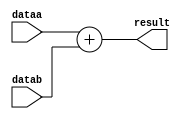
// Signed adder
module adder(dataa,datab,result);
	parameter WIDTH=32 ;

	input signed  [WIDTH-1:0] dataa,datab ;
	output signed [WIDTH-1:0] result ;
	wire   signed [WIDTH:0]temp;


	assign temp = dataa + datab ;
	assign result = temp[WIDTH-1:0] ;

endmodule